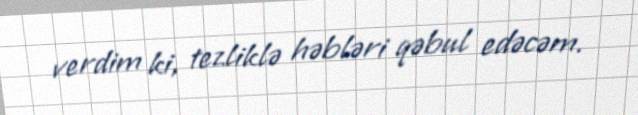
verdim ki, tezliklə həbləri qəbul edəcəm.